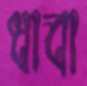
ধাবা